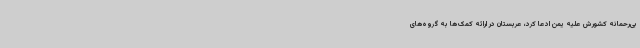
بی‌رحمانه کشورش علیه یمن ادعا کرد، عربستان در ارائه کمک‌ها به گروه‌های